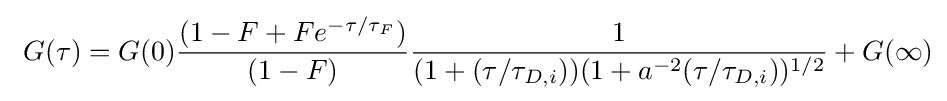
\ G(\tau )=G(0){\frac {(1-F+Fe^{-\tau /\tau _{F}})}{(1-F)}}{\frac {1}{(1+(\tau /\tau _{D,i}))(1+a^{-2}(\tau /\tau _{D,i}))^{1/2}}}+G(\infty )